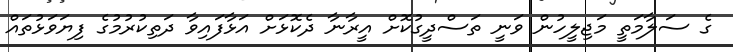
ގެ ސަލާމަތީ މަޖިލީހުން ވަނީ ތަސްދީގުކޮށް އީރާނާ ދެކޮޅަށް އަޅާފައިވާ ދަތިކުރުމުގެ ފިޔަވަޅުތައް